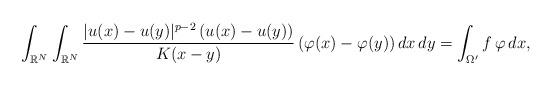
LaTeX: \begin{align*}\int_{\mathbb{R}^N} \int_{\mathbb{R}^N} \frac{|u(x)-u(y)|^{p-2}\,(u(x)-u(y))}{K(x-y)}\,(\varphi(x)-\varphi(y))\,dx\,dy=\int_{\Omega'} f\,\varphi\,dx,\end{align*}